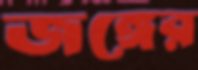
জঙ্গের